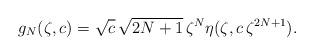
LaTeX: \begin{align*}g_N(\zeta,c) = \sqrt{c} \, \sqrt{2N+1}\, \zeta^N \eta(\zeta,c\, \zeta^{2N+1}).\end{align*}